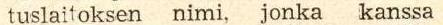
tuslaitoksen nimi, jonka kanssa